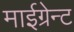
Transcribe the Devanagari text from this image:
माईग्रेन्ट